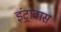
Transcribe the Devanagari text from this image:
इंट्रावास